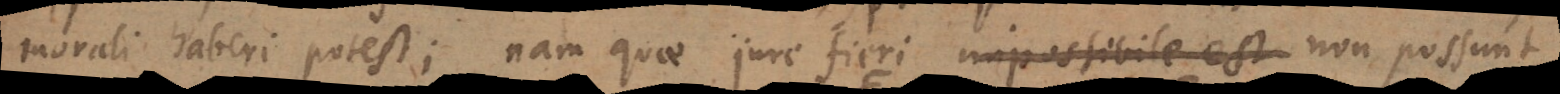
morali haberi potest; nam quae jure fieri impossibile est non possunt